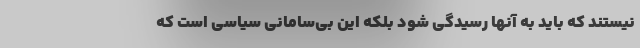
نیستند که باید به آنها رسیدگی شود بلکه این بی‌سامانی سیاسی است که